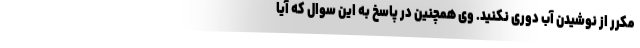
مکرر از نوشیدن آب دوری نکنید. وی همچنین در پاسخ به این سوال که آیا